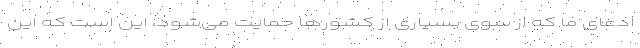
ادعای ما که از سوی بسیاری از کشورها حمایت می‌شود، این است که این